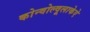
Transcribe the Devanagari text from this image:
कोन्वोल्वूलाकेऐ